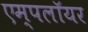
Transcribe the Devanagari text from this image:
एम्पलॉयर